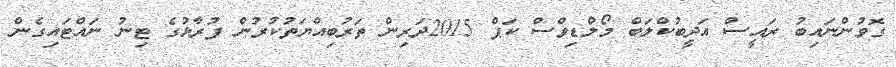
ގޮވުންނައިބު ރައީސް އަދީބުކްލަބް މޯލްޑިވްސް ކަޕް 2015ދަރިން ތަރުބިއްޔަތުކުރުން ފުރާޅުގެ ޓިނު ނައްޓައިގެން